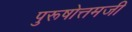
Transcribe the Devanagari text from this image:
पुरूषोत्तमजी